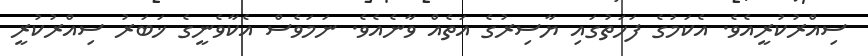
ސިއްރުކުރީއެވެ. އެކަމުގެ ފަހަތުގައި ޔާސިރުގެ އަތެއް ވާނެއެވެ. ނަމަވެސް އެކާވެނީގެ ޚަބަރު ސިއްރުކުރީ